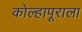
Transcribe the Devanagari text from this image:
कोल्हापूराला